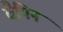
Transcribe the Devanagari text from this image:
वैपिन